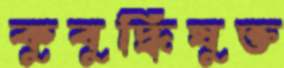
কুবুদ্ধিযুক্ত